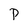
Character: p